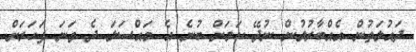
ދައުލަތުން އެއްބާރުލުން ނުދޭ ކަމަށް ބުނެ އެ މައްސަލަ ދެ ވަނަ ފަހަރަށް